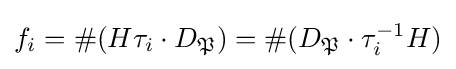
f_{i}=\#(H\tau _{i}\cdot D_{\mathfrak {P}})=\#(D_{\mathfrak {P}}\cdot \tau _{i}^{-1}H)